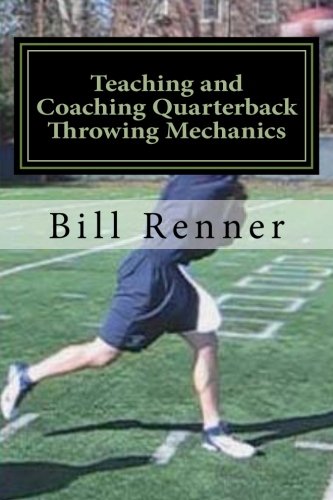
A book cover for Teaching and Coaching Quarterback Throwing Mechanics; Bill Renner; Sports & Outdoors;